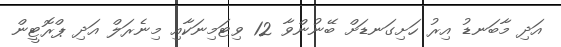
އަދި މާބަނޑު އިރު ހަށިގަނޑަށް ބޭނުންވާ 12 ވިޓަމިނަކާއި މިނެރަލް އަދި ޕްރޮޓީން